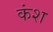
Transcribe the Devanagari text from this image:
कंश